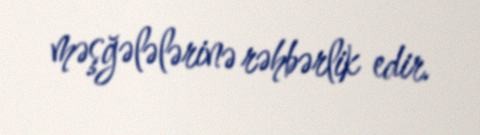
məşğələlərinə rəhbərlik edir.